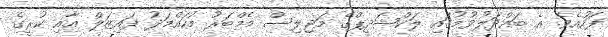
ފަހުއެވެ. އެ ބައްދަލުވުމުގައި ލަކްޝަދީޕްގެ މަޖިލިސް މެމްބަރު މުހައްމަދު ފައިޒަލް އާއި ކުރީގެ